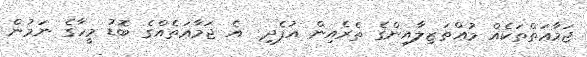
ޖަމާޢަތްތަކެއް މުޢްތަޒިލާއިންގެ ތެރެއިން އުފެދި  އެ ޖަމާޢަތެއްގެ ބޮޑު މީހާގެ ނަމުން